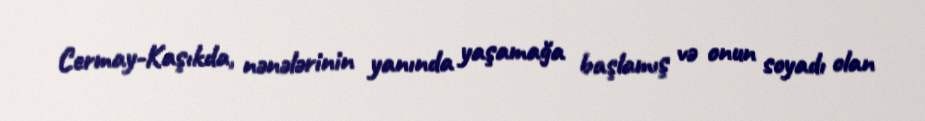
Cermay-Kaşıkda, nənələrinin yanında yaşamağa başlamış və onun soyadı olan